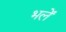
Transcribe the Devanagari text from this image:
भलें